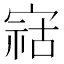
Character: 𫳫